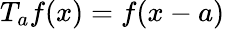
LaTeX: T_{a}f(x)=f(x-a)